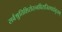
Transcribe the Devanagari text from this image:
सर्वश्रुतिशिरोरत्नविराजितपदांबुजम्